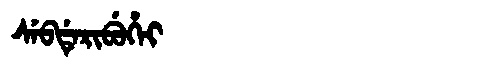
Manchu: ᠰᡝᠪᡩᡝᡵᡳᠪᡠᡥᡝᡳ
Romanization: SEBDERIBUHEI